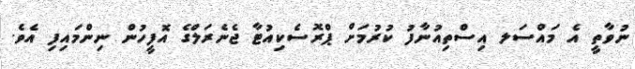
ނުވާތީ އެ މައްސަލ އިސްތިއުނާފު ކުރުމަށް ޕްރޮސެކިއުޓާ ޖެނެރަލްގެ އޮފީހުން ނިންމައިފި އެވެ.